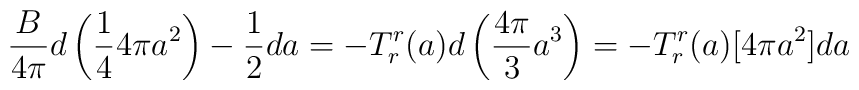
{B\over 4\pi} d\left( {1\over 4} 4\pi a^2 \right) - {1\over 2} da=- T^r_r(a) d \left( {4\pi \over 3}  a^3 \right)     =- T^r_r(a) [4\pi a^2]da